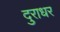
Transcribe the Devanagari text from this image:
दुराधर